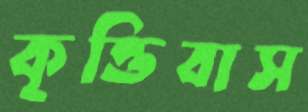
কৃত্তিবাস